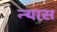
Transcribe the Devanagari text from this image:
न्‍यास